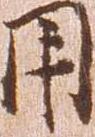
用